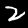
Digit: 2